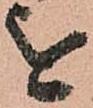
を